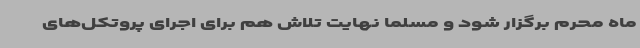
ماه محرم برگزار شود و مسلماً نهایت تلاش هم برای اجرای پروتکل‌های